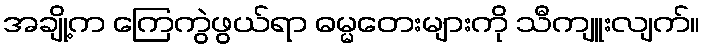
အချို့က ကြေကွဲဖွယ်ရာ ဓမ္မတေးများကို သီကျူးလျက်။